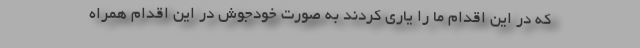
که در این اقدام ما را یاری کردند به صورت خودجوش در این اقدام همراه